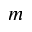
m